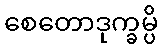
စေတောဒုက္ခမ္ပိ